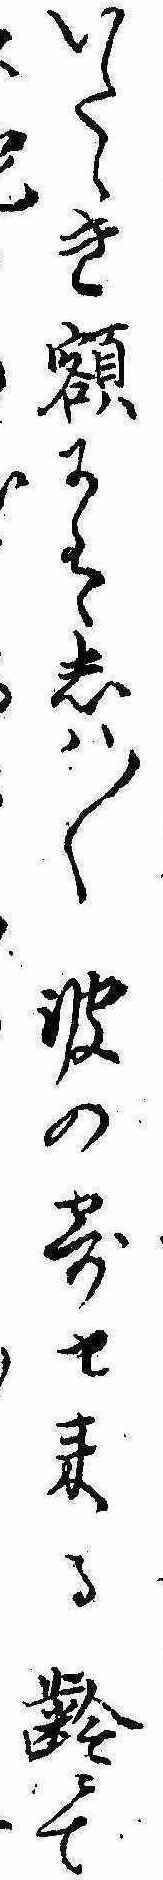
いたゞき額にはしは〱波の寄せ来る齢にて